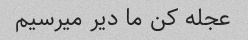
عجله کن ما دیر میرسیم